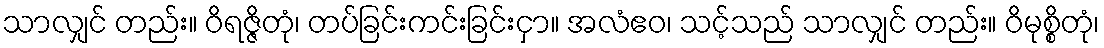
သာလျှင် တည်း။ ဝိရဇ္ဇိတုံ၊ တပ်ခြင်းကင်းခြင်းငှာ။ အလံဧဝ၊ သင့်သည် သာလျှင် တည်း။ ဝိမုစ္စိတုံ၊